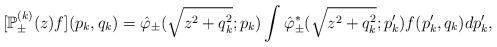
LaTeX: \begin{align*} [\mathbb{P}_\pm^{(k)} (z) f ] (p_k , q_k) = \hat \varphi_\pm (\sqrt{z^2 +q_k^2}; p_k) \int \hat \varphi_\pm^* (\sqrt{z^2 + q_k^2}; p'_k) f (p'_k , q_k)dp'_k , \end{align*}